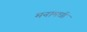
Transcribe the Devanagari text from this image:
मनामधी